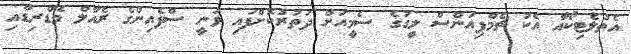
އެތުލެޓިކޯއާ އެކު ޗެމްޕިއަންސް ލީގުގެ ސެމީއަށް ދަތުރުކޮށްފައި ވަނީ ސްޕެއިންގެ ރެއާލް މެޑްރިޑާއި